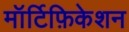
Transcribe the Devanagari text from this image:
मॉर्टिफ़िकेशन